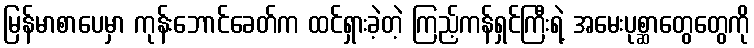
မြန်မာစာပေမှာ ကုန်းဘောင်ခေတ်က ထင်ရှားခဲ့တဲ့ ကြည့်ကန်ရှင်ကြီးရဲ့ အမေးပုစ္ဆာတွေတွေကို